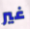
غير